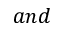
a n d